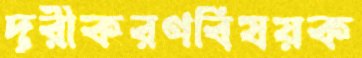
দূরীকরণবিষয়ক